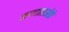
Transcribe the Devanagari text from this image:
ऋणदाताओंके